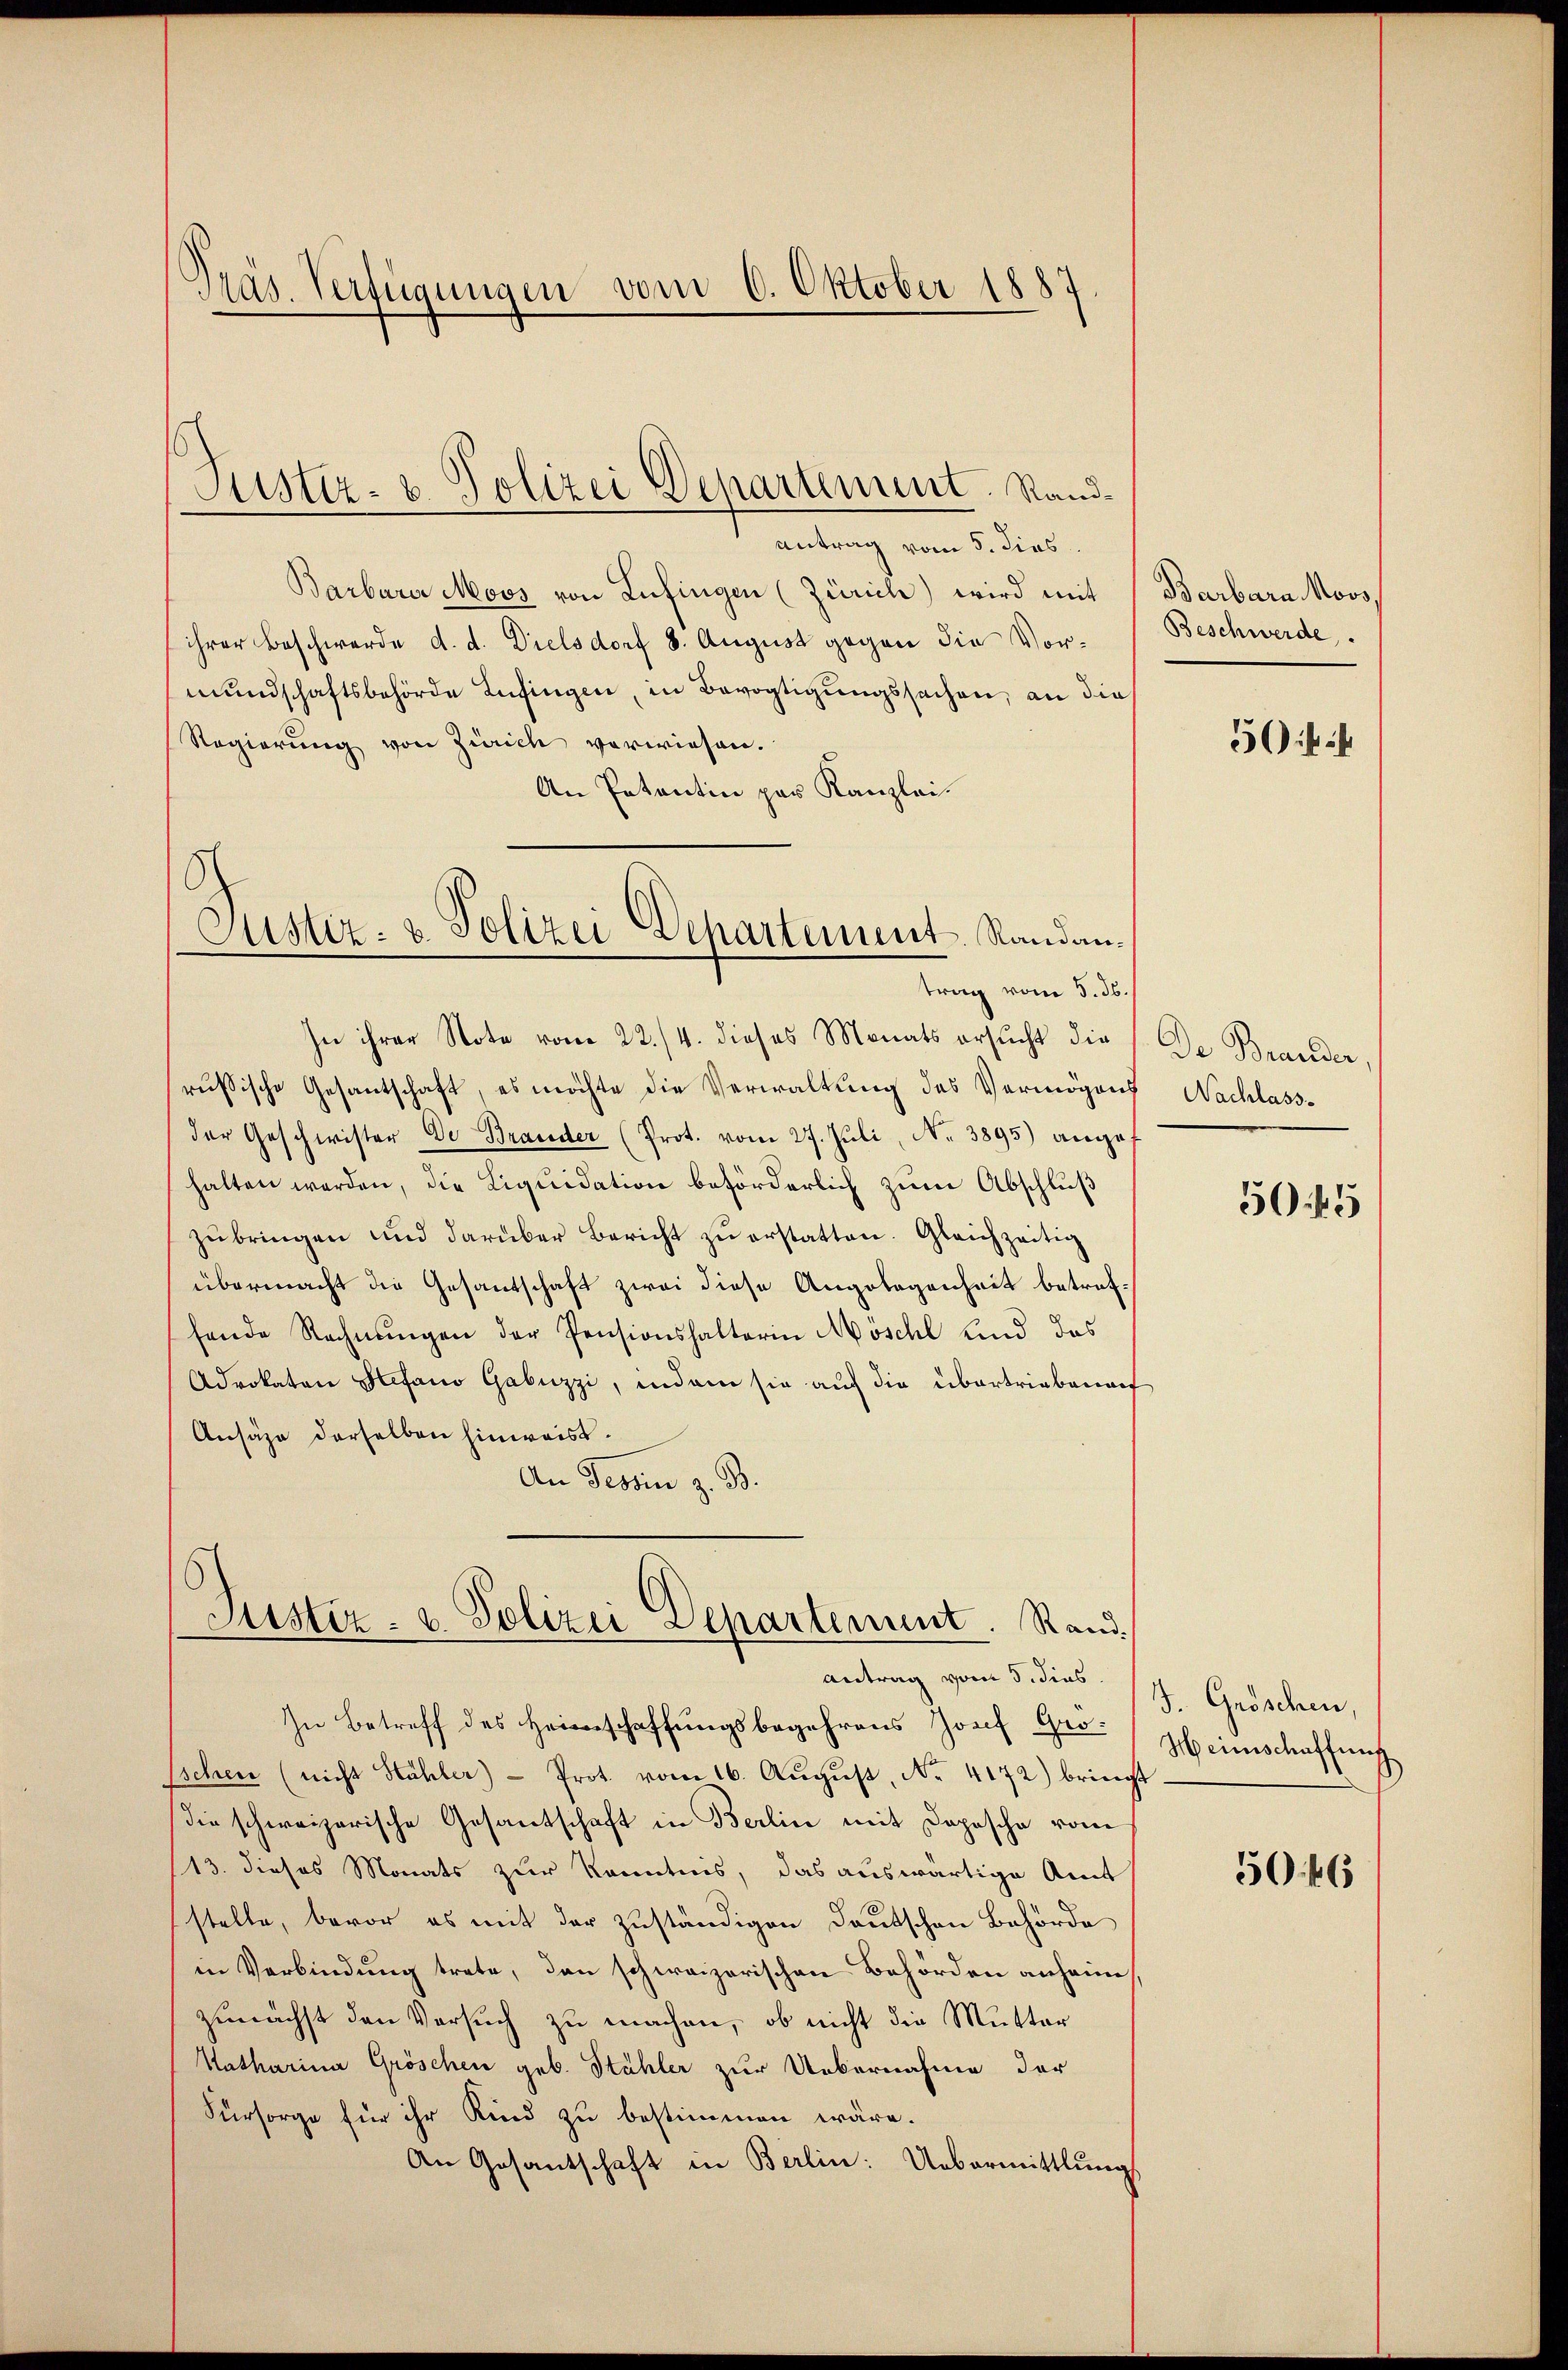
Präs. Verfügungen vom 6. Oktober 1887

antrag vom 5. dies
Barbarer Moos von Lufingen (Zürich) wird mit
ihrer Beschwerde d. d. Dielsdorf 8. August gegen die Vormundschaftsbehörde Lufingen, in Bevogtigungssachen, an die
Regierung von Zürich verwiesen.
An Patentin par Kanzlei.

Justiz- & Polizei Departenunt. Rand¬

Justiz- & Polizei Departement Randantrag vom 5. ds.

In ihrer Note vom 22./4. dieses Monats ersŭcht die De Brander

Justiz- & Polizei Departement. Randantrag vom 5. dies
In Betreff des Heimschaffungsbegehrens Josef Grö¬

Barbara Moos,
Beschwerde.

russische Gesantschaft, es möchte die Verwaltung des Vermögens Nachlass-
der Geschwister Dr Brander (Prot. vom 27. Juli, No 3895) angef
halten werden, die Liquidation beförderlich zum Abschluß
zŭbringen und darüber bericht zŭ erstatten. Gleichzeitig
übermacht die Gesantschaft zwei diese Angelegenheit betreffende Rechnŭngen der Pensionshalterin Möschl Kind das
Adrokaten Stefano Gabuzzi, indem sie auf die übertriebenen,
Ansähe derselben hinweist.
An Tessin z. B.

Eschen (nicht Hühler) - Prot. vom 16. August, No. 4172) bringt
die schweizerische Gesantschaft in Berlin mit Dopesche von
13. dieses Monats zur Kenntnis, das auswärtige Amt
stelle, bevor es mit der zuständigen Deutschen Behörde
in Verbindung trete, den schweizerischen Behörden anheine
zunächst den Versuch zu machen, ob nicht die Mutter
Katharina Gröschen geb. Stähler zur Uebernahme der
Fürsorge für ihr Kind zu bestimmen wäre.
An Gesantschaft in Berlin: Uebermittlungs

50 f 24

5045

J. Gröschen,
Heimschaffung

5046